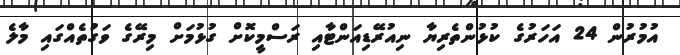
އުމުރުން 24 އަހަރުގެ ކުޅުންތެރިޔާ ނިއުރޭޑިއަންޓާއި ރަސްމީކޮށް ގުޅުމަށް މިރޭގެ ވަގުތެއްގައި މާލެ